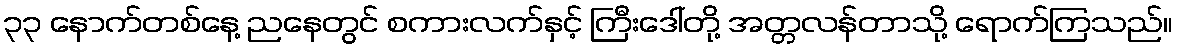
၃၃ နောက်တစ်နေ့ ညနေတွင် စကားလက်နှင့် ကြီးဒေါ်တို့ အတ္တလန်တာသို့ ရောက်ကြသည်။